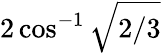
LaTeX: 2\cos^{-1}\sqrt{2/3}